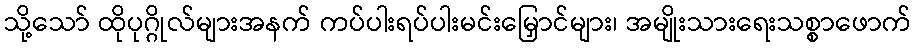
သို့သော် ထိုပုဂ္ဂိုလ်များအနက် ကပ်ပါးရပ်ပါးမင်းမြှောင်များ၊ အမျိုးသားရေးသစ္စာဖောက်